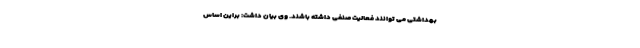
بهداشتی می توانند فعالیت صنفی داشته باشند. وی بیان داشت: براین اساس